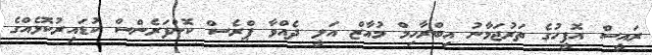
ރައީސް އޮފީހުގެ ތަރުޖަމާނު އިބްރާހިމް މުއާޒް އަލީ ދެއްވާ ޕްރެސް ކޮންފަރެންސް ކުޑައިރުކޮޅެއްގެ